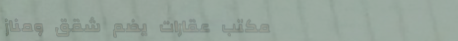
مكتب عقارات يضم شقق ومناز